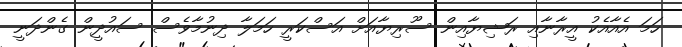
ހަމަ އެއާއެކު އީރާނާއި ރަޝިޔާއިން ސޫރިޔާއަށް އަސްކަރީ ހަމަލާ ދިނުމާވެސް ސައުދީން ގެންދަނީ